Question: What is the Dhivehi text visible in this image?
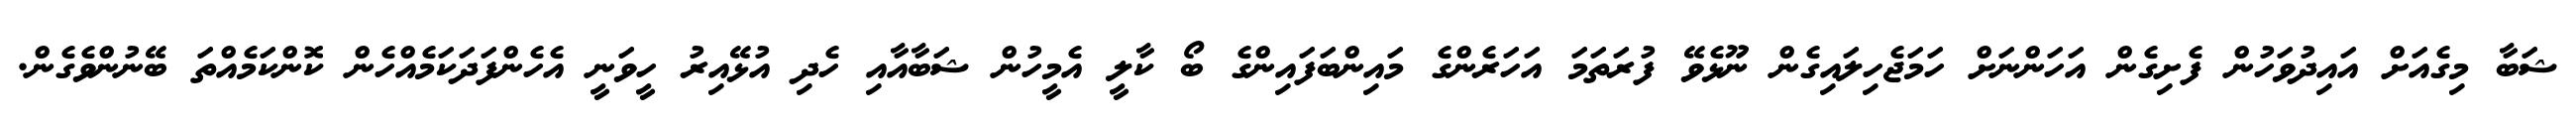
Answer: ޝަބާ މިގެއަށް އައިދުވަހުން ފެށިގެން އަހަންނަށް ހަމަޖެހިލައިގެން ނޫޅެވޭ ފުރަތަމަ އަހަރެންގެ މައިންބަފައިންގެ ބޯ ކާލީ އެމީހުން ޝަބާއާއި ހެދި އުޅޭއިރު ހީވަނީ އެހެންފަދަކަމެއްހެން ކޮންކަމެއްތަ ބޭނުންވެގެން.